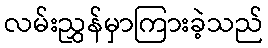
လမ်းညွှန်မှာကြားခဲ့သည်